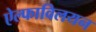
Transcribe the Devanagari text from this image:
ऐल्फाविलयन